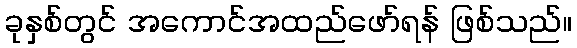
ခုနှစ်တွင် အကောင်အထည်ဖော်ရန် ဖြစ်သည်။